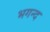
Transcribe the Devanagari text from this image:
भगन्द